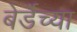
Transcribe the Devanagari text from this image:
बेर्डेच्या